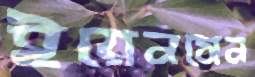
ইয়েনসেন